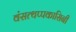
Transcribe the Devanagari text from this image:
वंसत्थप्पकासिनी